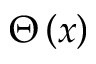
\Theta \left( x \right)